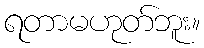
ရတာမဟုတ်ဘူး။